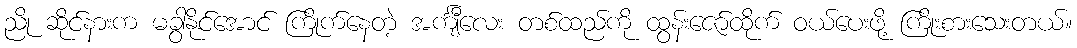
ညို ဆိုင်နားက မခွာနိုင်အောင် ကြိုက်နေတဲ့ အင်္ကျီလေး တစ်ထည်ကို ထွန်းဇော်ထိုက် ဝယ်ပေးဖို့ ကြိုးစားသေးတယ်။